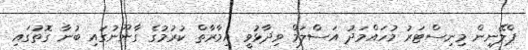
ޕްލޭނިން މިނިސްޓަރު މުހައްމަދު އަސްލަމް ވިދާޅުވީ އިމާރާތް ކުރުމުގެ ގާނޫނުގައި ބުނާ ގޮތުގައި